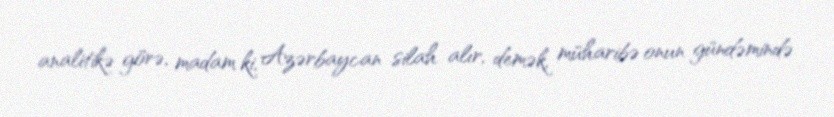
analitikə görə, madam ki, Azərbaycan silah alır, demək, müharibə onun gündəmində